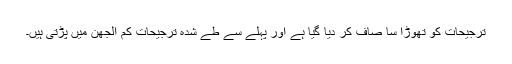
ترجیحات کو تھوڑا سا صاف کر دیا گیا ہے اور پہلے سے طے شدہ ترجیحات کم الجھن میں پڑتی ہیں۔